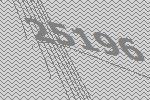
25196